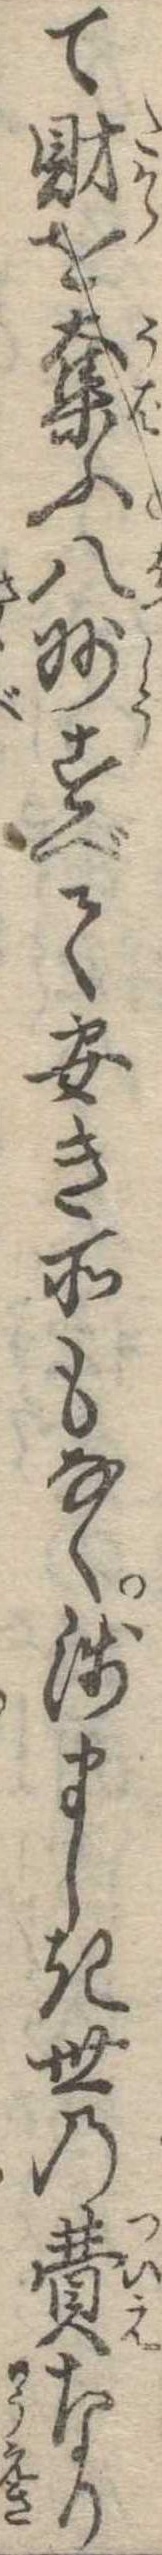
て財を奪ふ八州すべて安き所もなく浅ましき世の費なり